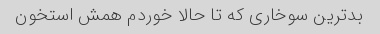
بدترین سوخاری که تا حالا خوردم همش استخون